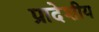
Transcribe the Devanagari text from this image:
प्रादेशीय